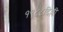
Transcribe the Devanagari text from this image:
१९८८दिल्ली